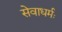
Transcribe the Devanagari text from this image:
सेवाधर्मः